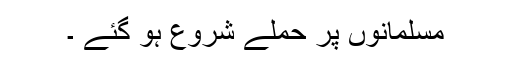
مسلمانوں پر حملے شروع ہو گئے ۔